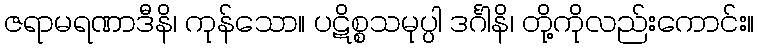
ဇရာမရဏာဒီနိ၊ ကုန်သော။ ပဋိစ္စသမုပ္ပါ ဒင်္ဂါနိ၊ တို့ကိုလည်းကောင်း။